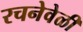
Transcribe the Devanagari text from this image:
रचनेवेळी